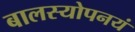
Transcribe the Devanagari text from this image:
बालस्योपनयं